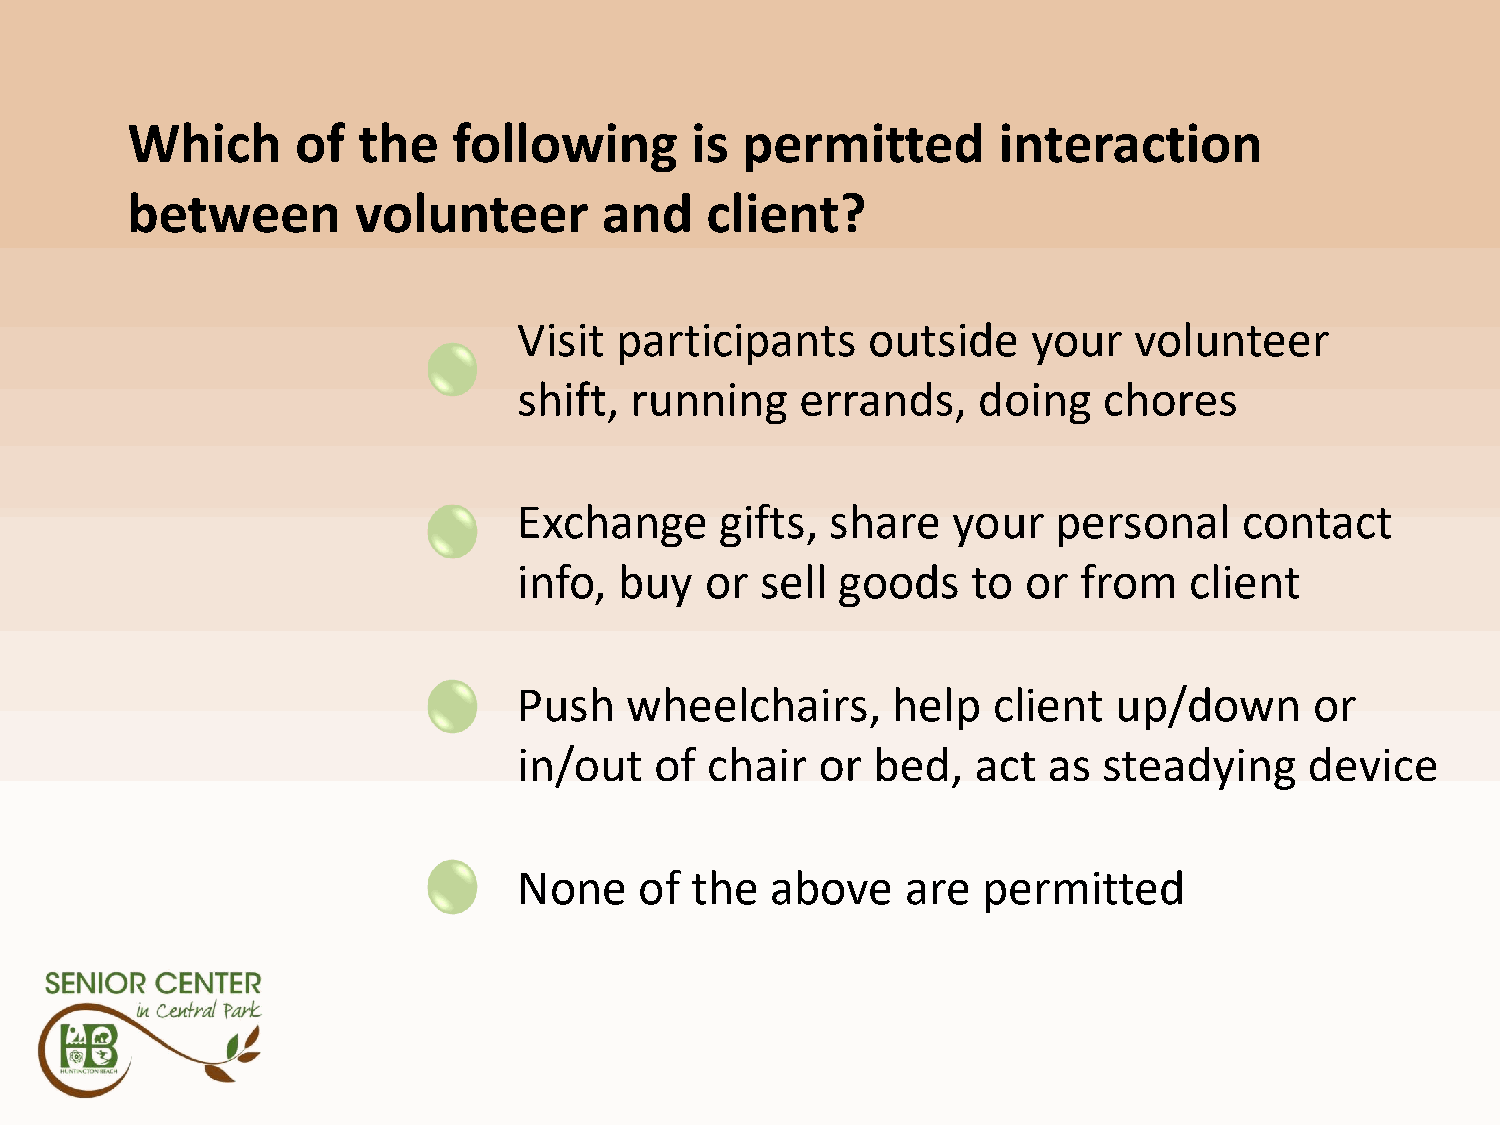
Q6
 Which       of  the   following       is permitted        interaction
 between        volunteer        and    client?
 Visit  participants    outside    your   volunteer
 shift,  running    errands,    doing   chores
 Exchange      gifts, share   your   personal    contact
 info,  buy   or sell  goods   to  or from    client
 Push   wheelchairs,      help   client  up/down      or
 in/out   of  chair  or  bed,   act as  steadying     device
 None    of  the  above    are  permitted